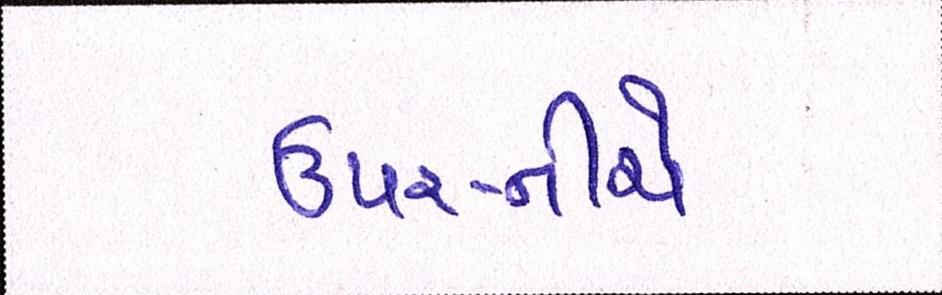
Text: ઉપર-નીચે